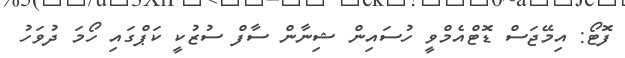
ފޮޓޯ: އިމޭޖަސް ޑޮޓްއެމްވީ ހުސައިން ޝިނާން ސާފް ސުޒުކީ ކަޕްގައި ހޯމަ ދުވަހު